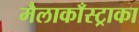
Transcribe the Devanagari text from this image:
मैलाकाँस्ट्राका